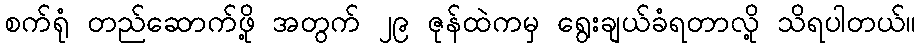
စက်ရုံ တည်ဆောက်ဖို့ အတွက် ၂၉ ဇုန်ထဲကမှ ရွေးချယ်ခံရတာလို့ သိရပါတယ်။